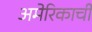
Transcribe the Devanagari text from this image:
अमेरिकाची